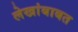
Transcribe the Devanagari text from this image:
लेखांबाबत